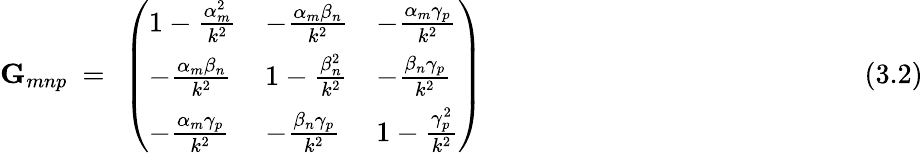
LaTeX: \mathbf{G}_{mnp}~=~\left({\begin{array}{lll}{1-{\frac{\alpha_{m}^{2}}{k^{2}}}}&{-{\frac{\alpha_{m}\beta_{n}}{k^{2}}}}&{-{\frac{\alpha_{m}\gamma_{p}}{k^{2}}}}\\ {-{\frac{\alpha_{m}\beta_{n}}{k^{2}}}}&{1-{\frac{\beta_{n}^{2}}{k^{2}}}}&{-{\frac{\beta_{n}\gamma_{p}}{k^{2}}}}\\ {-{\frac{\alpha_{m}\gamma_{p}}{k^{2}}}}&{-{\frac{\beta_{n}\gamma_{p}}{k^{2}}}}&{1-{\frac{\gamma_{p}^{2}}{k^{2}}}}\end{array}}\right)~~~~~~~~~~~~~~~~~~~~~~~~~~~~~~~~~~~~~~~~~~~~~~~~~~~~~~(3.2)